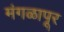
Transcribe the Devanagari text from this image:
मंगळापूर